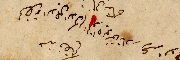
لحضرة الاجل الاكرم الخواجه يوسَف نادر رعد الافخم